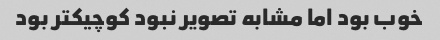
خوب بود اما مشابه تصویر نبود کوچیکتر بود